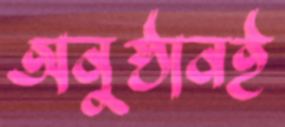
অনুষ্ঠানই